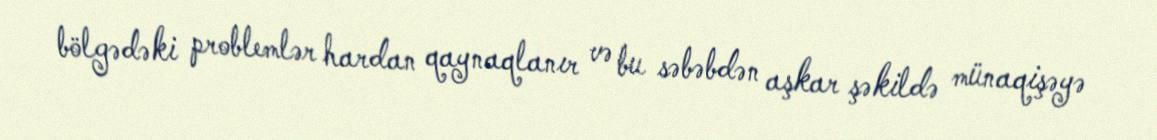
bölgədəki problemlər hardan qaynaqlanır və bu səbəbdən aşkar şəkildə münaqişəyə